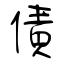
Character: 債